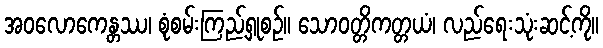
အဝလောကေန္တဿ၊ စုံစမ်းကြည့်ရှုစဉ်။ သောဝတ္တိကတ္တယံ၊ လည်ရေးသုံးဆင့်ကို။